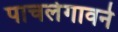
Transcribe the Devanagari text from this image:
पाचलेगावने